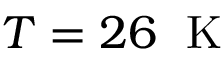
T = 2 6 \; \mathrm { ~ K ~ }